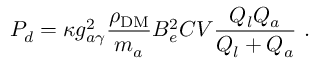
P _ { d } = \kappa g _ { a \gamma } ^ { 2 } \frac { \rho _ { \mathrm { D M } } } { m _ { a } } B _ { e } ^ { 2 } C V \frac { Q _ { l } Q _ { a } } { Q _ { l } + Q _ { a } } ~ .